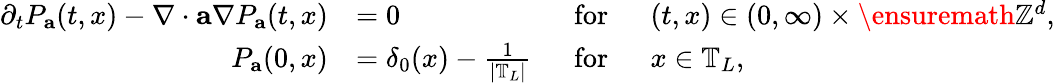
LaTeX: \begin{array}{rlrl}{\partial_{t}P_{\mathbf{a}}(t,x)-\nabla\cdot\mathbf{a}\nabla P_{\mathbf{a}}(t,x)}&{=0}&{~~\mathrm{for}}&{~~(t,x)\in(0,\infty)\times\ensuremath{\mathbb{Z}^{d}},}\\ {P_{\mathbf{a}}(0,x)}&{=\delta_{0}(x)-\frac{1}{\left|\mathbb{T}_{L}\right|}}&{~~\mathrm{for}}&{~~x\in\mathbb{T}_{L},}\end{array}